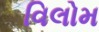
વિલોમ